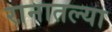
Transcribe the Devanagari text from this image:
रानातल्या